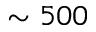
\sim 5 0 0